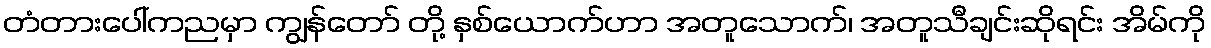
တံတားပေါ်ကညမှာ ကျွန်တော် တို့ နှစ်ယောက်ဟာ အတူသောက်၊ အတူသီချင်းဆိုရင်း အိမ်ကို